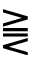
\gtreqqless